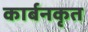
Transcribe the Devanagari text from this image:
कार्बनकृत